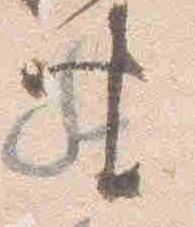
座